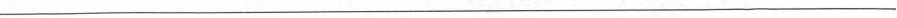
___